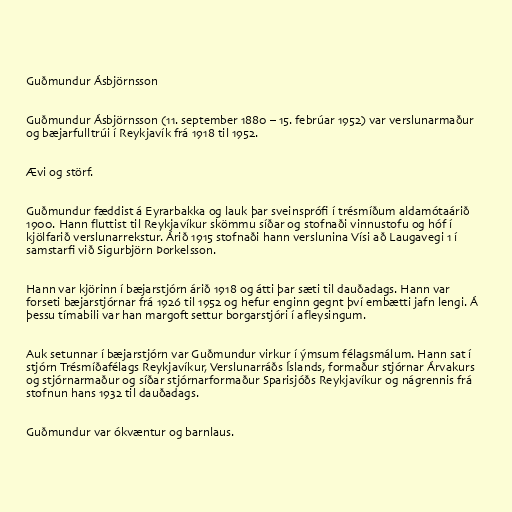
Guðmundur Ásbjörnsson

Guðmundur Ásbjörnsson (11. september 1880 – 15. febrúar 1952) var verslunarmaður
og bæjarfulltrúi í Reykjavík frá 1918 til 1952.

Ævi og störf.

Guðmundur fæddist á Eyrarbakka og lauk þar sveinsprófi í trésmíðum aldamótaárið
1900. Hann fluttist til Reykjavíkur skömmu síðar og stofnaði vinnustofu og hóf í
kjölfarið verslunarrekstur. Árið 1915 stofnaði hann verslunina Vísi að Laugavegi 1 í
samstarfi við Sigurbjörn Þorkelsson.

Hann var kjörinn í bæjarstjórn árið 1918 og átti þar sæti til dauðadags. Hann var
forseti bæjarstjórnar frá 1926 til 1952 og hefur enginn gegnt því embætti jafn lengi. Á
þessu tímabili var han margoft settur borgarstjóri í afleysingum.

Auk setunnar í bæjarstjórn var Guðmundur virkur í ýmsum félagsmálum. Hann sat í
stjórn Trésmíðafélags Reykjavíkur, Verslunarráðs Íslands, formaður stjórnar Árvakurs
og stjórnarmaður og síðar stjórnarformaður Sparisjóðs Reykjavíkur og nágrennis frá
stofnun hans 1932 til dauðadags.

Guðmundur var ókvæntur og barnlaus.